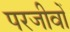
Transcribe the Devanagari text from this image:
परजीवों